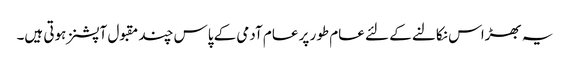
یہ بھڑاس نکالنے کے لئے عام طور پر عام آدمی کے پاس چند مقبول آپشنز ہوتی ہیں۔